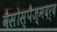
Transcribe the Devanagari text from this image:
वैसोस्पैज़्मदर्द